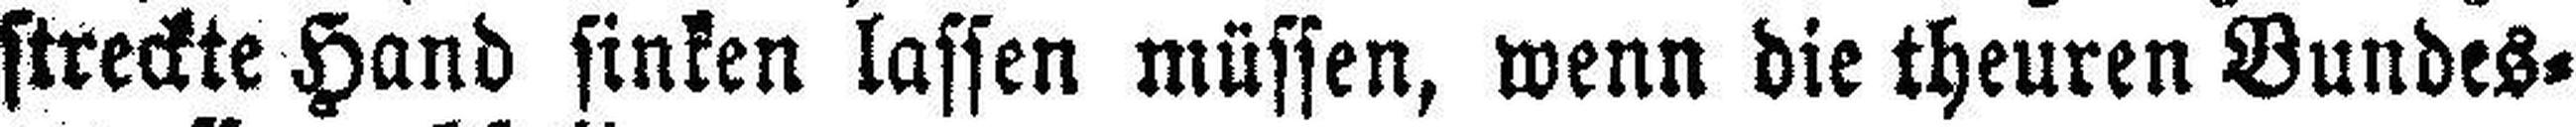
streckte Hand sinken lassen müssen, wenn die theuren Bundes¬